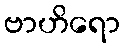
ဗာဟိရော